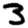
Digit: 3